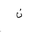
Letter: _non